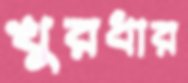
খুরধার